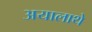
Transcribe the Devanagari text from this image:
अयालाथे